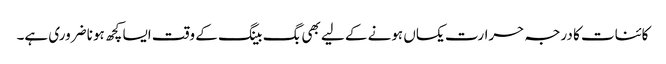
کائنات کا درجہ حرارت یکساں ہونے کے لیے بھی بگ بینگ کے وقت ایسا کچھ ہونا ضروری ہے۔